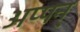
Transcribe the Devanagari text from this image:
अप्पन्